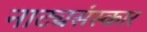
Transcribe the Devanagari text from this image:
नाट्यसंस्कार